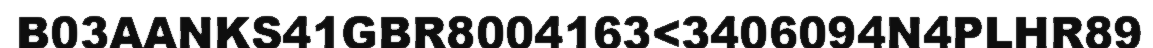
B03AANKS41GBR8004163<3406094N4PLHR89